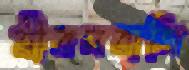
জীবনবাজি